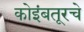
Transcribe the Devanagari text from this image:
कोइंबतूरचे